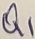
Text: Q1